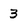
Character: 3